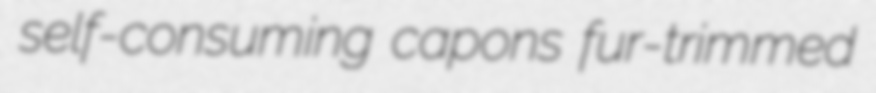
self-consuming capons fur-trimmed